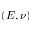
\left( E , \nu \right)